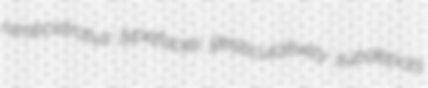
nimbostratus typefaces gesticulatively subdepots